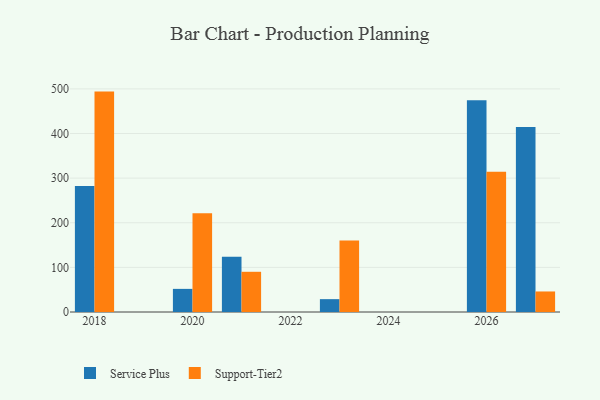
{"axis": {"x": "Year", "y": "Revenue (USD Million)"}, "legend": ["Service Plus", "Support-Tier2"], "data": [{"x": "2026", "y": 474.3, "type": "Service Plus"}, {"x": "2026", "y": 314.5, "type": "Support-Tier2"}, {"x": "2023", "y": 28.8, "type": "Service Plus"}, {"x": "2023", "y": 160.3, "type": "Support-Tier2"}, {"x": "2027", "y": 414.4, "type": "Service Plus"}, {"x": "2027", "y": 46.0, "type": "Support-Tier2"}, {"x": "2020", "y": 51.8, "type": "Service Plus"}, {"x": "2020", "y": 221.5, "type": "Support-Tier2"}, {"x": "2021", "y": 124.0, "type": "Service Plus"}, {"x": "2021", "y": 90.1, "type": "Support-Tier2"}, {"x": "2018", "y": 282.1, "type": "Service Plus"}, {"x": "2018", "y": 493.9, "type": "Support-Tier2"}]}